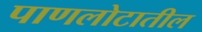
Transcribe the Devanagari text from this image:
पाणलोटातील